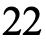
22